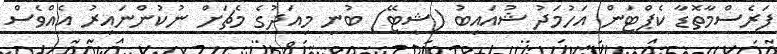
ފަރެސްމާތޮޑާ ކެޕްޓަން އަހުމަދު ޝުއައިބު (ޝީޓޭ) ބުނީ މިއަދުގެ މެޗަށް ނުކުންނައިރު އެއްވެސް